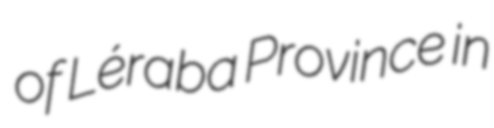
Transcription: of Léraba Province in